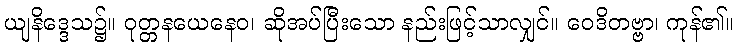
ယျနိဒ္ဒေသ၌။ ဝုတ္တနယေနေဝ၊ ဆိုအပ်ပြီးသော နည်းဖြင့်သာလျှင်။ ဝေဒိတဗ္ဗာ၊ ကုန်၏။